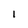
Character: l